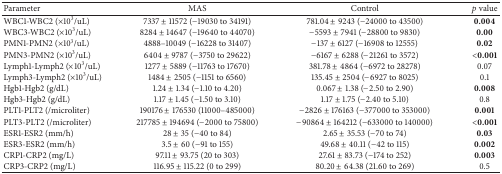
<table><thead><tr><td><b>Parameter</b></td><td><b>MAS</b></td><td><b>Control</b></td><td><b><i>p</i> value</b></td></tr></thead><tbody><tr><td>WBC1-WBC2 (×10<sup>3</sup>/uL)</td><td>7337 ± 11572 (−19030 to 34191)</td><td>781.04 ± 9243 (−24000 to 43500)</td><td><b>0.004</b></td></tr><tr><td>WBC3-WBC2 (×10<sup>3</sup>/uL)</td><td>8284 ± 14647 (−19640 to 44070)</td><td>−5593 ± 7941 (−28800 to 9830)</td><td><b>0.00</b></td></tr><tr><td>PMN1-PMN2 (×10<sup>3</sup>/uL)</td><td>4888–10049 (−16228 to 31407)</td><td>−137 ± 6127 (−16908 to 12555)</td><td><b>0.02</b></td></tr><tr><td>PMN3-PMN2 (×10<sup>3</sup>/uL)</td><td>6404 ± 9787 (−3750 to 29622)</td><td>−6167 ± 6288 (−21261 to 3572)</td><td>&lt;<b>0.001</b></td></tr><tr><td>Lymph1-Lymph2 (×10<sup>3</sup>/uL)</td><td>1277 ± 5889 (−11763 to 17670)</td><td>381.78 ± 4864 (−6972 to 28278)</td><td>0.07</td></tr><tr><td>Lymph3-Lymph2 (×10<sup>3</sup>/uL)</td><td>1484 ± 2505 (−1151 to 6560)</td><td>135.45 ± 2504 (−6927 to 8025)</td><td>0.1</td></tr><tr><td>Hgb1-Hgb2 (g/dL)</td><td>1.24 ± 1.34 (−1.10 to 4.20) </td><td>0.067 ± 1.38 (−2.50 to 2.90)</td><td><b>0.008</b></td></tr><tr><td>Hgb3-Hgb2 (g/dL)</td><td>1.17 ± 1.45 (−1.50 to 3.10)</td><td>1.17 ± 1.75 (−2.40 to 5.10)</td><td>0.8</td></tr><tr><td>PLT1-PLT2 (/microliter)</td><td>190176 ± 176530 (11000–485000)</td><td>−2826 ± 176163 (−377000 to 353000)</td><td><b>0.001</b></td></tr><tr><td>PLT3-PLT2 (/microliter)</td><td>217785 ± 194694 (−2000 to 75800)</td><td>−90864 ± 164212 (−633000 to 140000)</td><td>&lt;<b>0.001</b></td></tr><tr><td>ESR1-ESR2 (mm/h)</td><td>28 ± 35 (−40 to 84)</td><td>2.65 ± 35.53 (−70 to 74)</td><td><b>0.03</b></td></tr><tr><td>ESR3-ESR2 (mm/h)</td><td>3.5 ± 60 (−91 to 155)</td><td>49.68 ± 40.11 (−42 to 115)</td><td><b>0.002</b></td></tr><tr><td>CRP1-CRP2 (mg/L)</td><td>97.11 ± 93.75 (20 to 303)</td><td>27.61 ± 83.73 (−174 to 252)</td><td><b>0.003</b></td></tr><tr><td>CRP3-CRP2 (mg/L)</td><td>116.95 ± 115.22 (0 to 299)</td><td>80.20 ± 64.38 (21.60 to 269)</td><td>0.5</td></tr></tbody></table>